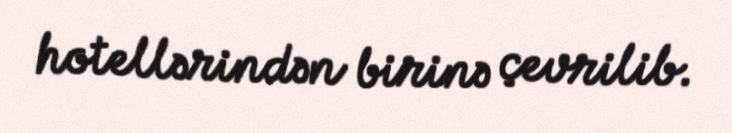
hotellərindən birinə çevrilib.